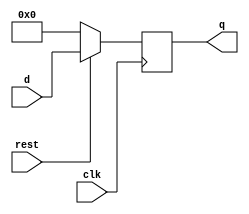
module rgister(clk,rest,d,q);
	parameter n=16;
	input clk,rest;
	input [n-1:0]d;
	output reg [n-1:0]q;
	
	always@(posedge clk)
	if (!rest)
		q<=0;
	else 
		q<=d;
	
endmodule